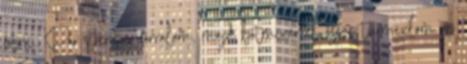
főzni. Pár percig forralom, majd botmixerrel össze turmixlom az